Lunatic asylums Madras 1877-1891 - 1877-1891
Year: 1877
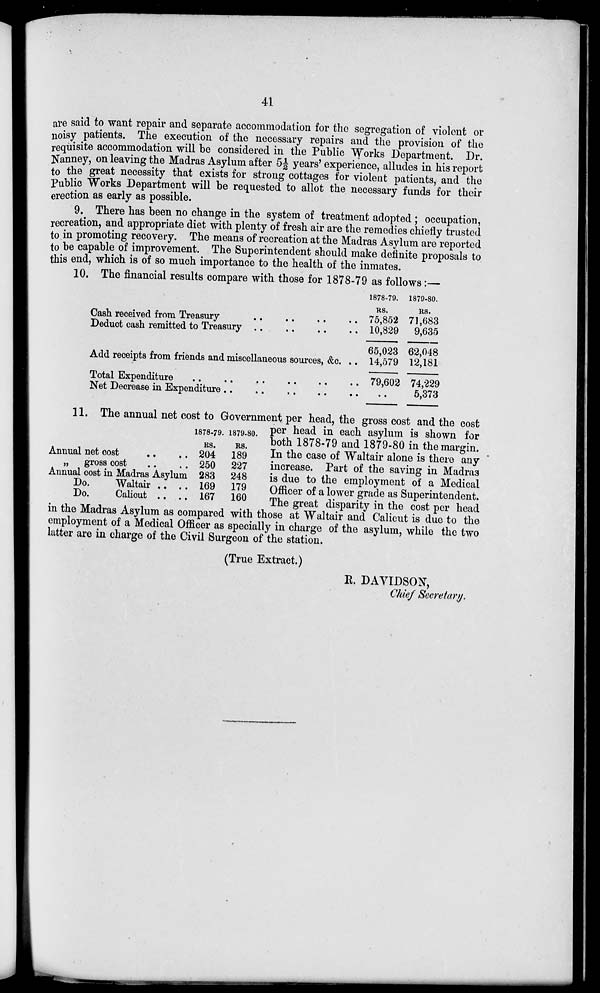
41
are said to want repair and separate accommodation for the segregation of violent or
noisy patients. The execution of the necessary repairs and the provision of the
requisite accommodation will be considered in the Public Works Department. Dr.
Nanney, on leaving the Madras Asylum after 5½ years' experience, alludes in his report
to the great necessity that exists for strong cottages for violent patients, and the
Public Works Department will be requested to allot the necessary funds for their
erection as early as possible.
9. There has been no change in the system of treatment adopted ; occupation,
recreation, and appropriate diet with plenty of fresh air are the remedies chiefly trusted
to in promoting recovery. The means of recreation at the Madras Asylum are reported
to be capable of improvement. The Superintendent should make definite proposals to
this end, which is of so much importance to the health of the inmates.
10. The financial results compare with those for 1878-79 as follows:—
Cash received from Treasury .. .. .. ..
Deduot cash remitted to Treasury
..
..
..
..
Add receipts from friends and miscellaneous sources, &c. ..
Total Expenditure
..
..
..
..
..
..
Net Decrease in Expenditure ..
.. .. .. ..
1878-79.
RS.
75,852
10,829
65,023
14,579
79,602
..
1879-80.
RS.
71,683
9,635
62,048
12,181
74,229
5,373
Annual net cost .. ..
„ gross cost .. ..
Annual cost in Madras Asylum
Do.
Waltair .. ..
Do.
Calicut .. ..
1878-79.
RS.
204
250
283
169
167
1879-80.
RS.
189
227
248
179
160
11. The annual net cost to Government per head, the gross cost and the cost
per head in each asylum is shown for
both 1878-79 and 1879-80 in the margin.
In the case of Waltair alone is there any
increase. Part of the saving in Madras
is due to the employment of a Medical
Officer of a lower grade as Superintendent.
The great disparity in the cost per head
in the Madras Asylum as compared with those at Waltair and Calicut is due to the
employment of a Medical Officer as specially in charge of the asylum, while the two
latter are in charge of the Civil Surgeon of the station.
(True Extract.)
R. DAVIDSON,
Chief Secretary.